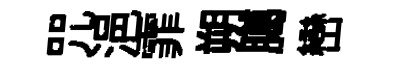
咒浥霏朔臈巒